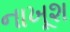
નાખૂશ